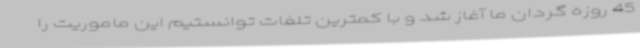
45 روزه گردان ما آغاز شد و با کمترین تلفات توانستیم این ماموریت را